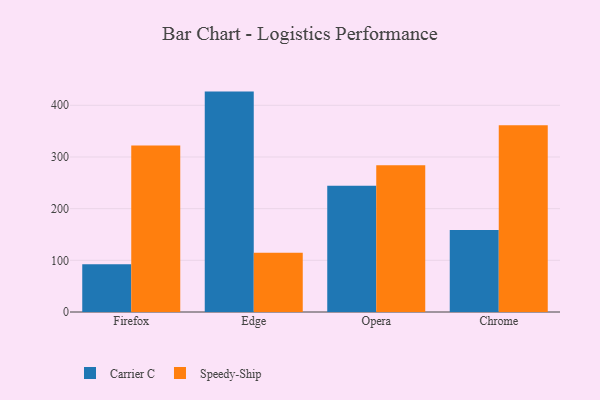
{"axis": {"x": "Browser", "y": "Net Income (USD K)"}, "legend": ["Carrier C", "Speedy-Ship"], "data": [{"x": "Firefox", "y": 92.6, "type": "Carrier C"}, {"x": "Firefox", "y": 322.4, "type": "Speedy-Ship"}, {"x": "Edge", "y": 426.5, "type": "Carrier C"}, {"x": "Edge", "y": 114.6, "type": "Speedy-Ship"}, {"x": "Opera", "y": 244.1, "type": "Carrier C"}, {"x": "Opera", "y": 284.2, "type": "Speedy-Ship"}, {"x": "Chrome", "y": 158.6, "type": "Carrier C"}, {"x": "Chrome", "y": 361.6, "type": "Speedy-Ship"}]}